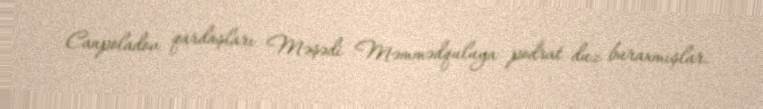
Canpoladov qardaşları Məşədi Məmmədquluya podrat duz buraxmışlar.